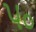
૫૦